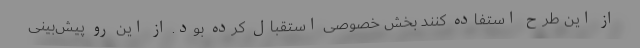
از این طرح استفاده کنند بخش خصوصی استقبال کرده بود. از این رو پیش‌بینی